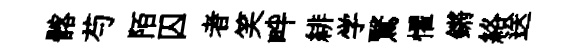
髂芍陌囚者笑畔緋学鷖懼鏘絡送